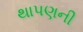
થાપણની